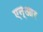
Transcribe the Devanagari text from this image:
एन्‌आर